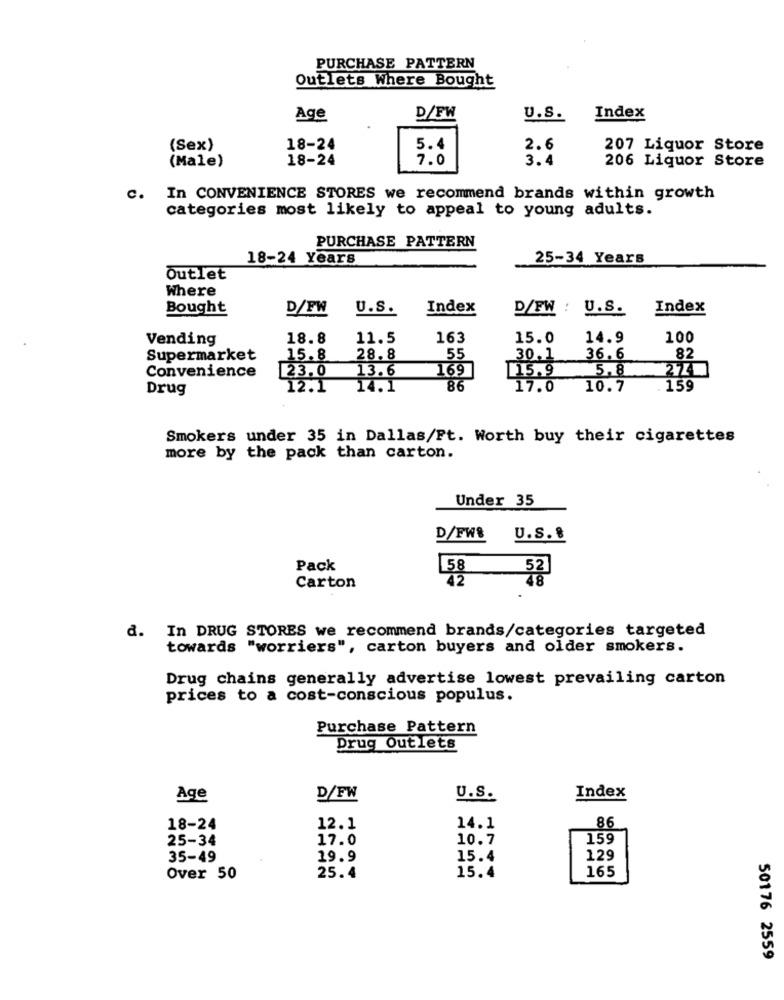
PURCHASE PATTERN
Outlets Where Bought
Age
D/FW
U.S.
Index
(Sex)
18-24
5.4
2.6
207 Liquor Store
(Male)
18-24
7.0
3.4
206 Liquor Store
c.
In CONVENIENCE STORES we recommend brands within growth
categories most likely to appeal to young adults.
PURCHASE PATTERN
18-24 Years
25-34 Years
Outlet
Where
Bought
D/FW
U.S.
Index
D/FW : U.S.
Index
Vending
18.8
11.5
163
15.0
14.9
100
Supermarket
15.8
28.8
55
30.1
36.6
82
Convenience
23.0
13.6
169
15.9
5.8
274]
Drug
12.1
14.1
86
17.0
10.7
. 159
Smokers under 35 in Dallas/Ft. Worth buy their cigarettes
more by the pack than carton.
Under 35
D/FW8
U.S. &
Pack
58
žž
Carton
d. In DRUG STORES we recommend brands/categories targeted
towards "worriers", carton buyers and older smokers.
Drug chains generally advertise lowest prevailing carton
prices to a cost-conscious populus.
Purchase Pattern
Drug Outlets
Age
D/FW
U.S.
Index
86
18-24
12.1
14.1
25-34
17.0
10.7
159
35-49
19.9
15.4
129
165
Over 50
25.4
15.4
50176 2559